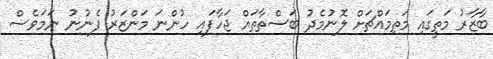
ބާޒާރު މަތީގައި މަތިމައްޗަށް ލޮނުމެދު ބަސްތާތައް ޖަހާފައި ހުންނަ މަންޒަރު ފެނުނު ނަމަވެސް